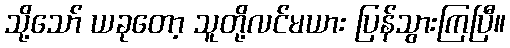
သို့သော် ယခုတော့ သူတို့လင်မယား ပြန်သွားကြပြီ။